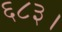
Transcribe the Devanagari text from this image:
६८३।